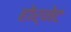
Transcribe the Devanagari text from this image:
होर्नेट